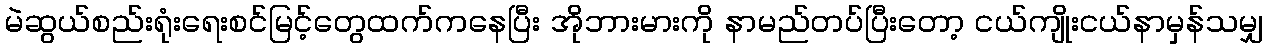
မဲဆွယ်စည်းရုံးရေးစင်မြင့်တွေထက်ကနေပြီး အိုဘားမားကို နာမည်တပ်ပြီးတော့ ငယ်ကျိုးငယ်နာမှန်သမျှ